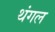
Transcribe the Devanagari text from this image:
थंगल